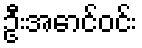
ဦးအောင်ဝင်း